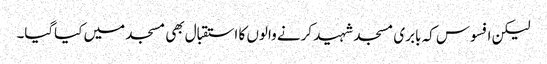
لیکن افسوس کہ بابری مسجد شہید کرنے والوں کا استقبال بھی مسجد میں کیاگیا۔